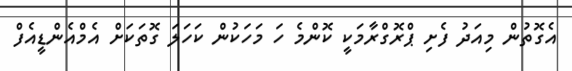
އެގޮތުން މިއަދު ފެށި ޕްރޮގްރާމަކީ ކޮންމެ ހަ މަހަކުން ކަހަލަ ގޮތަކަށް އެމްއެންޑީއެފް